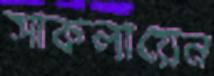
সাকলায়েন